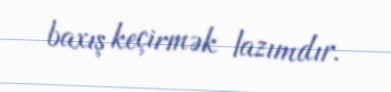
baxış keçirmək lazımdır.